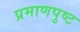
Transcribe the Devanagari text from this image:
प्रमाणपुष्ट